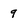
Character: q